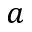
a